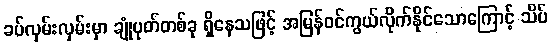
ခပ်လှမ်းလှမ်းမှာ ချုံပုတ်တစ်ခု ရှိနေသဖြင့် အမြန်ဝင်ကွယ်လိုက်နိုင်သောကြောင့် သိပ်